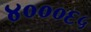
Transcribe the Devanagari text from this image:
४०००६५